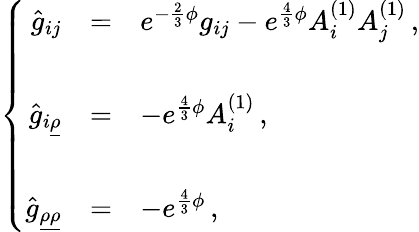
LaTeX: \left\{ \begin{array}{rcl}{{\hat{g}_{ij}}}&{{=}}&{{e^{-\frac{2}{3}\phi}g_{ij}-e^{\frac{4}{3}\phi}A_{i}^{(1)}A_{j}^{(1)}\, ,}}\\ {{}}&{{}}&{{}}\\ {{\hat{g}_{i\underline{{{\rho}}}}}}&{{=}}&{{-e^{\frac{4}{3}\phi}A_{i}^{(1)}\, ,}}\\ {{}}&{{}}&{{}}\\ {{\hat{g}_{\underline{{{\rho}}}\underline{{{\rho}}}}}}&{{=}}&{{-e^{\frac{4}{3}\phi}\, ,}}\end{array}\right.